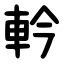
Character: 軡